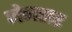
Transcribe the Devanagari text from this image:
जेनसर